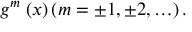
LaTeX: g ^ { m } \; ( x ) \left( m = \pm 1 , \pm 2 , \ldots \right) .